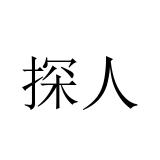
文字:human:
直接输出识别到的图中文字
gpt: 探人